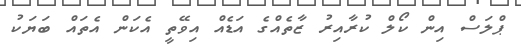
ޕްލަސް އިން ކޯލް ކުރާއިރު ޒާތެއްގެ އަޑެއް އިވޭތީ އެކަން އެތައް ބަޔަކު